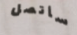
سأتصل